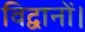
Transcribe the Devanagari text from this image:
विद्वानों।